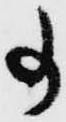
事